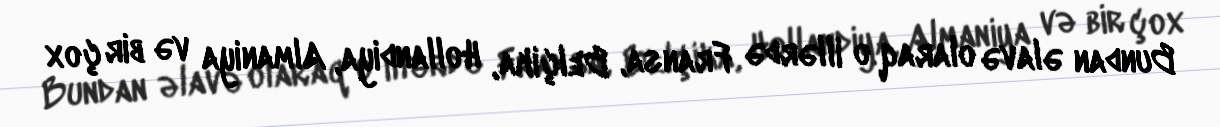
Bundan əlavə olaraq o illərdə Fransa, Belçika, Hollandiya, Almaniya və bir çox